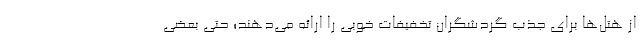
از هتل‌ها برای جذب گردشگران تخفیفات خوبی را ارائه می‌دهند؛ حتی بعضی